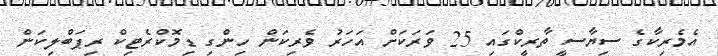
އެމެރިކާގެ ސިޔާސީ ތާރީކްގައި 25 ވަރަކަށް އަހަރު ވެރިކަން ހިންގި ޑިމޮކްރެޓިކް ރިޕަބްލިކަން